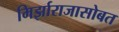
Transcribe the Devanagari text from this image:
मिर्झाराजासोबत